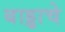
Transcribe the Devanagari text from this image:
बाड्डाचे